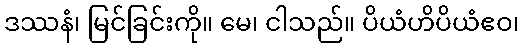
ဒဿနံ၊ မြင်ခြင်းကို။ မေ၊ ငါသည်။ ပိယံဟိပိယံဧဝ၊